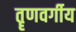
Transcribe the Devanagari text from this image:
तॄणवर्गीय